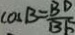
\cos B = \frac { B D } { B F }